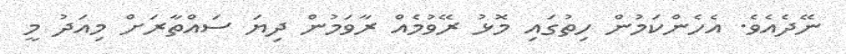
ނޭދެއެވެ. އެހެންކަމުން ހިތުގައި މޮޅު ރޭވުމެއް ރާވަމުން ދިޔަ ސައްތާރަށް މިއަދު މީ